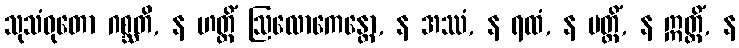
သုသံဝုတော ဂစ္ဆတိ, န ဟတ္ထိံ ဩလောကေန္တော, န အဿံ, န ရထံ, န ပတ္တိံ, န ဣတ္ထိံ, န